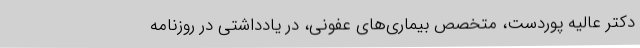
دکتر عالیه پوردست، متخصص بیماری‌های عفونی، در یادداشتی در روزنامه